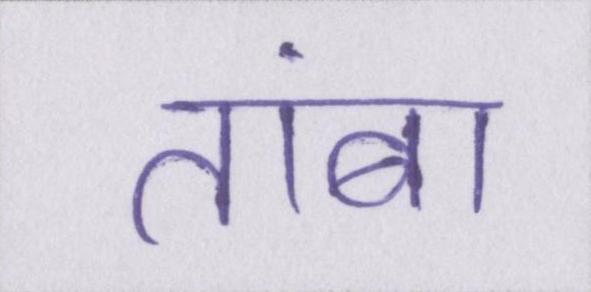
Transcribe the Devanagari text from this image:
तांबा